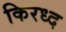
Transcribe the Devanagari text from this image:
किरध्द